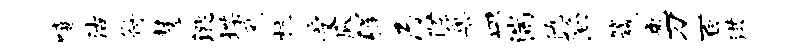
嘻沽符慧洮堞风杭受瓜弹乃候巢皿湍仇陷箴兔刀百洪